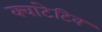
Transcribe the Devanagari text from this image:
क्वांटेटिव